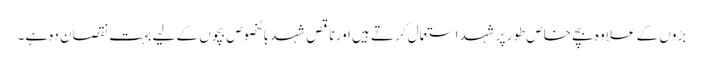
بڑوں کے علاوہ بچے خاص طور پر شہد استعمال کرتے ہیں اور ناقص شہد بالخصوص بچوں کے لیے بہت نقصان دہ ہے۔